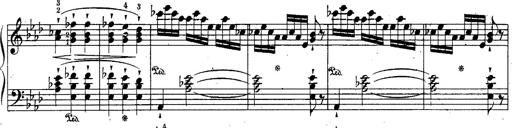
Title: Schubert's Impromptus [revised and edited by Franz Liszt]
Composer: Franz Liszt